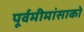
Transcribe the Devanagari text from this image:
पूर्वमीमांसाकाे